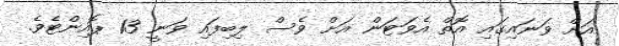
އަށް ވަނައިގައި އޮތް އެވަޓަން އަށް ވެސް ލިބިފައި ވަނީ 13 ޕޮއިންޓެވެ.